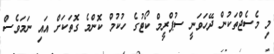
މި މެސެޖްތަކުން ދޭހަވަނީ ސުޕްރީމް ކޯޓުގެ ހުކުމް ކޮންމެ ގޮތަކަށް އައި ނަމަވެސް